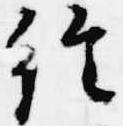
経